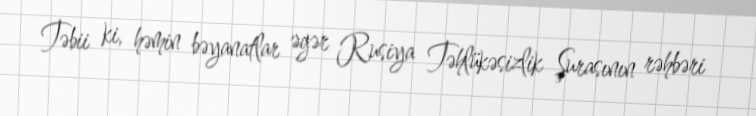
Təbii ki, həmin bəyanatlar əgər Rusiya Təhlükəsizlik Şurasının rəhbəri